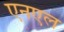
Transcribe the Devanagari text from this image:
एनएल